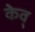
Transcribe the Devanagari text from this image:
केव्‌